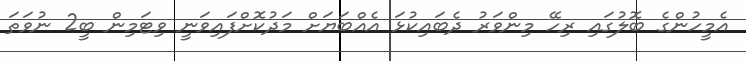
އެމީހުންގެ ބޮލުގައި ރިހޭ މިންވަރު ދެބައިކުޅަ އެއްބަޔަށް މަދުކޮށްފައިވަނީ ވިޓަމިން ބީ2 ނުވަތަ